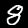
Digit: 8